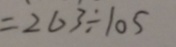
= 2 6 3 \div 1 0 5